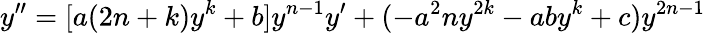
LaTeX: y^{\prime\prime}=[a(2n+k)y^{k}+b]y^{n-1}y^{\prime}+(-a^{2}ny^{2k}-aby^{k}+c)y^{2n-1}